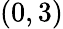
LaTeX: (0,3)